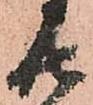
廿